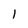
Character: l